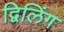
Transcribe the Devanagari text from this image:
द्विलिंग